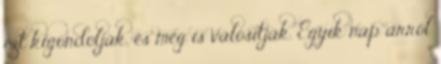
ezt kigondolják, és meg is valósítják. Egyik nap arról